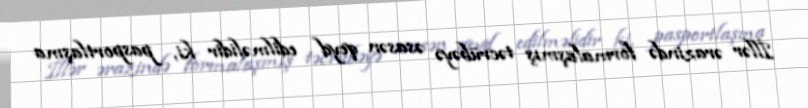
İllər ərazində formalaşmış təcrübəyə əsasən qeyd edilməlidir ki, pasportlaşma